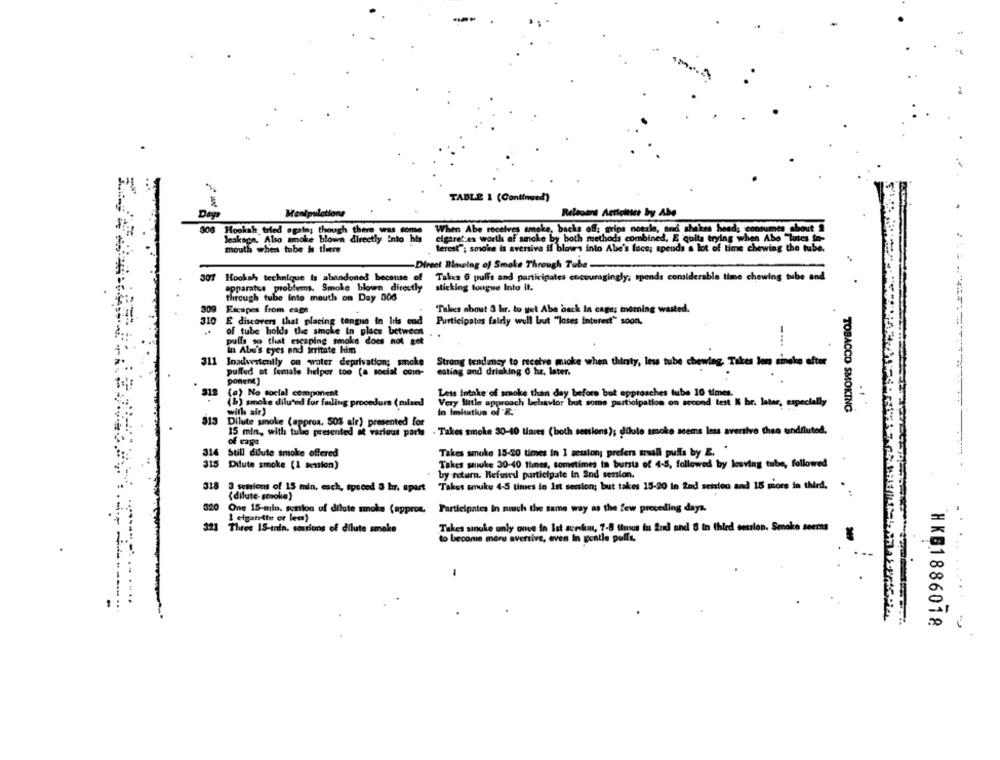
TABLE 1 (Continued)
Days
Manipulations
Relevans Astichter by Abo
When Abe receives smoke, backs offs gripe nozzle, and shakes heads consumes about 1
cigaretsas worth of smoke by both methods combined, E quits trying when Abo "lotes in-
santiago nio wo Blom directly Into his
terest"; smoke is aversive if blows into Abe's face; spends a lot of time chewing the tube.
-Direct Blowing of Smoke Through Tube -..
307 Hookah technique is abandoned because of
Takes 6 puff's and participates encouragingly; spends considerable time chewing tube and
apparatus problems. Smoke blown directly
sticking tongue Into it.
through tube into mouth on Day 006
309
Escapes from cage
"Takes about 3 hr. to get Abe back In cage; morning wasted.
316
E discovers that placing tongue in lits end
Participates faldy well but "loses interest" soon.
of tube holds the smoke In place between
..
pulls so that escaping smoke does not got
-...
In Abe's eyes and irritate him
311
Inadvertently on water deprivation; snake
Strong tendency to receive mucke when thirty, less tube chewing. Takes lom sinske efter
pullud at female helper too (a social coin-
eating and drinking 0 hz. later.
ponene)
318
(e) No social component
Less Intake of smoke than day before but approaches tube 10 times.
(b) smoke diluted for failing procedure (mixed
Very little approach behavior but some participation on second test K hr. later, especially
with air)
In Imitation of
TOBACCO SMOKING
313
Dilute smoke (approa. 50% ale) presented for
15 min, with tule presented at various parts
- Takes smoke 30-40 times (both sessions); dilute smoke seems less aversive thee undiluted.
of cage
314
Still dilute smoke offered
Takes smoke 15-20 times in I session; prefers truall puffs by E. .
315
Takes smoke 30-40 ttines, sometimes in bursts of 4-5, followed by leaving tube, followed
Dilute smoke (1 session)
by return. Refused participate In And session.
318
3 semions of 15 min, each, spaced 3 hr, apart "Takes smuke 4-5 times in Ist session; but takes 15-20 in 2nd session and 18 miore in third,
(dilute-smoke)
320
Participates In much the same way as the few preceding days.
1 elgarette or lee)
321
Three IS-tnin, sostions of dilute smoke
Takes sincke only once in Ist arskun, 7-8 tinous tu find and 8 in third session. Senoke seems
to become moru aversive, even In gentle puffs.
....
HKB1886018